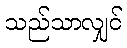
သည်သာလျှင်